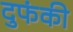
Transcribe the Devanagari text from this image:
दुफंकी